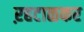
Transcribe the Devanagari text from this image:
ऱहटाळकर